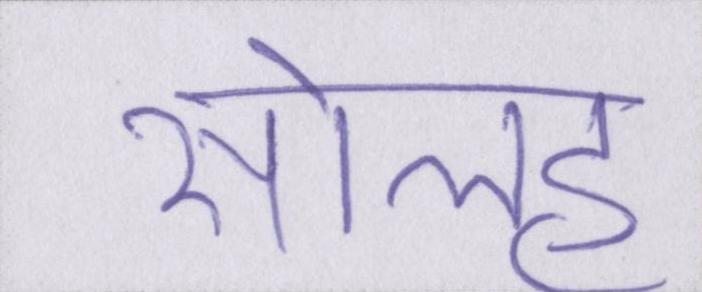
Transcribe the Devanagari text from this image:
सोलह